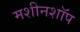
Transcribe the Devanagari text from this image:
मशीनशॉप